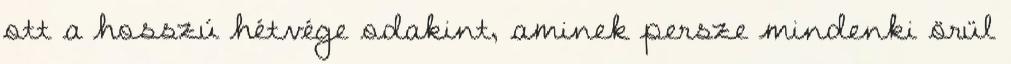
ott a hosszú hétvége odakint, aminek persze mindenki örül